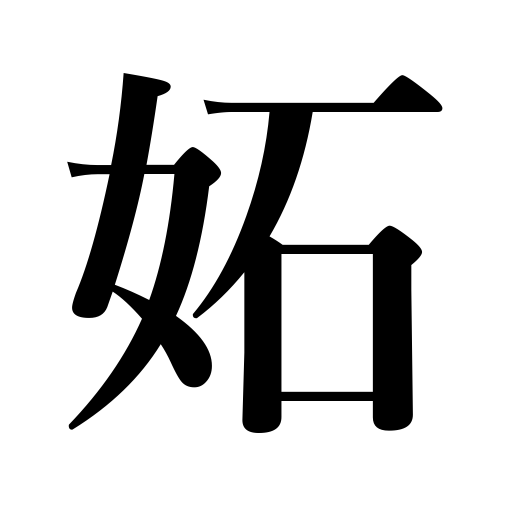
Meanings: be jealous of,be envious of